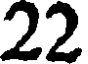
22